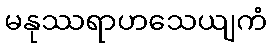
မနုဿရာဟသေယျကံ